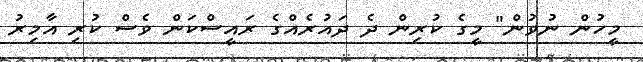
މީހުން ނުވުން" މީގެ ކުރިން ދެ ދައުރެއްގެ ރައީސްކަން ވެސް ކުރި އާމިރު